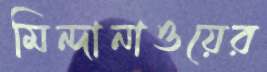
মিন্দানাওয়ের